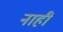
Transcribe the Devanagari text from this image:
नाही़